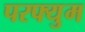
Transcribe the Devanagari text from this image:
परफ्युम